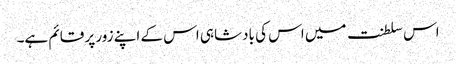
اس سلطنت میں اس کی بادشاہی اس کے اپنے زور پر قائم ہے۔